Scottish Leaving Certificate Examination, 1961
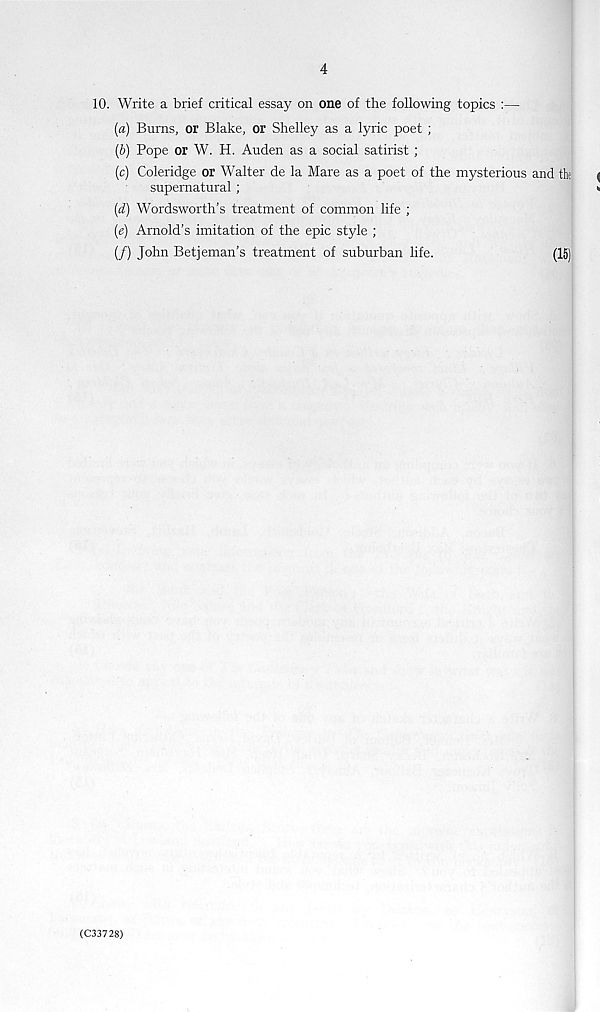
4
10. Write a brief critical essay on one of the following topics :—
(a) Burns, or Blake, or Shelley as a lyric poet ;
(b) Pope or W. H. Auden as a social satirist ;
(c) Coleridge or Walter de la Mare as a poet of the mysterious and the
supernatural ;
(d) Wordsworth’s treatment of common life ;
(e) Arnold’s imitation of the epic style ;
(/) John Betjeman’s treatment of suburban life.
(15)
(C33728)